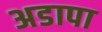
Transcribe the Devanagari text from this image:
अडापा